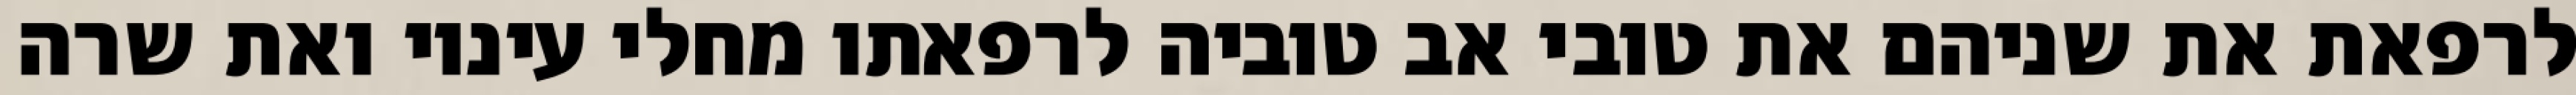
לרפאת את שניהם את טובי אב טוביה לרפאתו מחלי עיניו ואת שרה